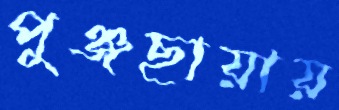
পুঞ্জছায়ায়